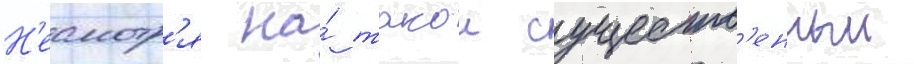
Н'есмотр'я на́ такои существ'енныи